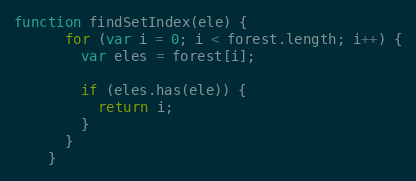
Language: JavaScript
function findSetIndex(ele) {
      for (var i = 0; i < forest.length; i++) {
        var eles = forest[i];

        if (eles.has(ele)) {
          return i;
        }
      }
    }